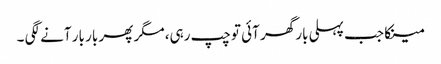
مینکا جب پہلی بار گھر آئی تو چپ رہی، مگر پھر بار بار آنے لگی ۔